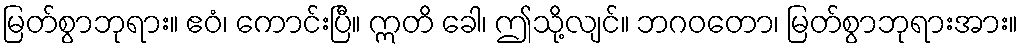
မြတ်စွာဘုရား။ ဧဝံ၊ ကောင်းပြီ။ ဣတိ ခေါ၊ ဤသို့လျင်။ ဘဂဝတော၊ မြတ်စွာဘုရားအား။